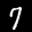
Label: 7